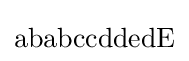
\mathrm {ababccddedE}